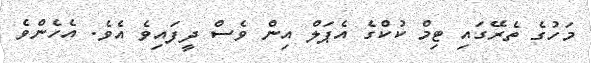
މަހުގެ ތެރޭގައި ޓިމް ކުކްގެ އެޕަލް އިން ވެސް ދީފައިވެ އެވެ. އެހެންވެ